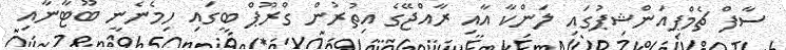
ސާފް ޗެމްޕިއަންޝިޕުގައި ލަންކާ އާއި ރާއްޖޭގެ އިތުރުން ގްރޫޕް ބީގައި ހިމެނެނީ ބޫޓާނާއި